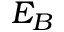
E _ { B }